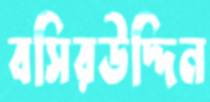
বসিরউদ্দিন